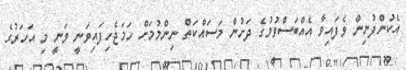
އެކުންފުނިން ވެފައިވާ އެއްބަސްވުމުގެ ދަށުން މަސައްކަތް ނިންމުމަށް ހަމަޖެހިފައިވަނީ ވަނީ މި އަހަރުގެ